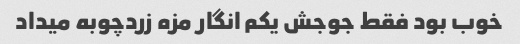
خوب بود فقط جوجش یکم انگار مزه زردچوبه میداد